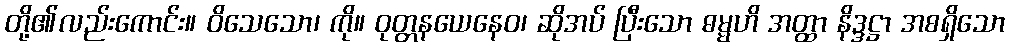
တို့၏လည်းကောင်း။ ဝိသေသော၊ ကို။ ဝုတ္တနယေနေဝ၊ ဆိုအပ် ပြီးသော ဓမ္မဟိ အတ္ထာ နိဒ္ဒဋ္ဌာ အစရှိသော